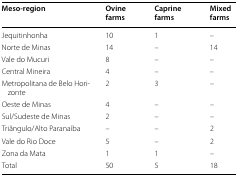
<table><thead><tr><td><b>Meso-region</b></td><td><b>Ovine farms</b></td><td><b>Caprine farms</b></td><td><b>Mixed farms</b></td></tr></thead><tbody><tr><td>Jequitinhonha</td><td>10</td><td>1</td><td>–</td></tr><tr><td>Norte de Minas</td><td>14</td><td>–</td><td>14</td></tr><tr><td>Vale do Mucuri</td><td>8</td><td>–</td><td>–</td></tr><tr><td>Central Mineira</td><td>4</td><td>–</td><td>–</td></tr><tr><td>Metropolitana de Belo Horizonte</td><td>2</td><td>3</td><td>–</td></tr><tr><td>Oeste de Minas</td><td>4</td><td>–</td><td>–</td></tr><tr><td>Sul/Sudeste de Minas</td><td>2</td><td>–</td><td>–</td></tr><tr><td>Triângulo/Alto Paranaíba</td><td>–</td><td>–</td><td>2</td></tr><tr><td>Vale do Rio Doce</td><td>5</td><td>–</td><td>2</td></tr><tr><td>Zona da Mata</td><td>1</td><td>1</td><td>–</td></tr><tr><td>Total</td><td>50</td><td>5</td><td>18</td></tr></tbody></table>